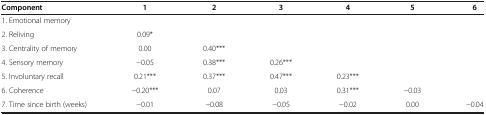
<table><thead><tr><td><b>Component</b></td><td><b>1</b></td><td><b>2</b></td><td><b>3</b></td><td><b>4</b></td><td><b>5</b></td><td><b>6</b></td></tr></thead><tbody><tr><td>1. Emotional memory</td><td> </td><td> </td><td> </td><td> </td><td> </td><td> </td></tr><tr><td>2. Reliving</td><td>0.09*</td><td> </td><td> </td><td> </td><td> </td><td> </td></tr><tr><td>3. Centrality of memory</td><td>0.00</td><td>0.40***</td><td> </td><td> </td><td> </td><td> </td></tr><tr><td>4. Sensory memory</td><td>−0.05</td><td>0.38***</td><td>0.26***</td><td> </td><td> </td><td> </td></tr><tr><td>5. Involuntary recall</td><td>0.21***</td><td>0.37***</td><td>0.47***</td><td>0.23***</td><td> </td><td> </td></tr><tr><td>6. Coherence</td><td>−0.20***</td><td>0.07</td><td>0.03</td><td>0.31***</td><td>−0.03</td><td> </td></tr><tr><td>7. Time since birth (weeks)</td><td>−0.01</td><td>−0.08</td><td>−0.05</td><td>−0.02</td><td>0.00</td><td>−0.04</td></tr></tbody></table>